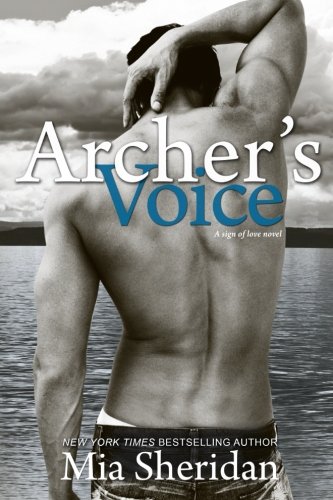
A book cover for Archer's Voice (Sign of Love); Mia Sheridan; Romance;